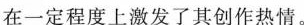
在一定程度上激发了其创作热情。